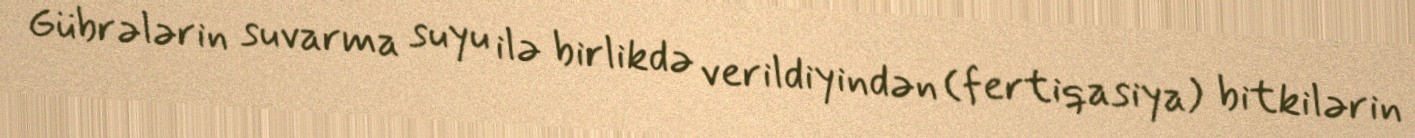
Gübrələrin suvarma suyu ilə birlikdə verildiyindən (fertiqasiya) bitkilərin